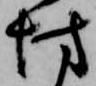
坊